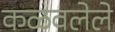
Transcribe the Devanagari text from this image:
कळवलेले